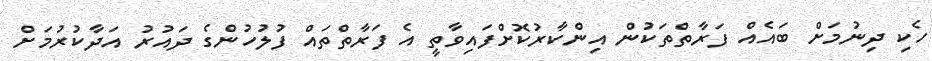
ހެކި ދިނުމަށް ބައެއް ފަރާތްތަކުން އިންކާރުކޮށްފައިވާތީ އެ ފަރާތްތައް ފުލުހުންގެ ދައުރު އަދާކުރުމަށް